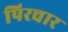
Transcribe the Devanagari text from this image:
पिरचार